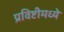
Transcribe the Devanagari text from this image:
प्रविष्टीमध्ये